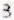
3